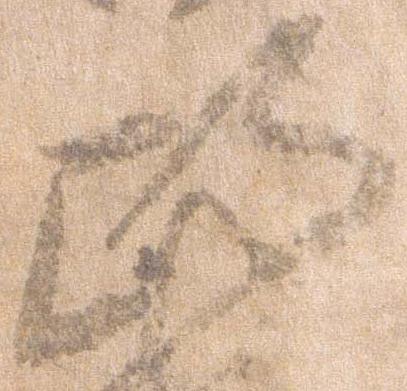
政